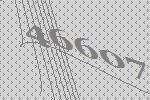
46607